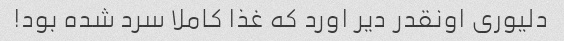
دلیوری اونقدر دیر اورد که غذا کاملا سرد شده بود!